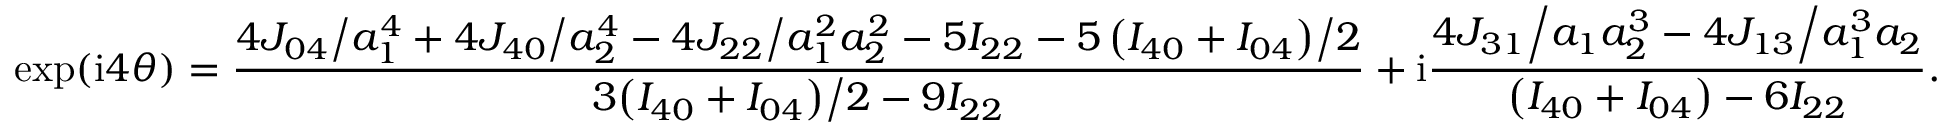
\exp ( \mathrm { i } 4 \theta ) = \frac { { { { 4 { J _ { 0 4 } } } \mathord { \left/ { \vphantom { { 4 { J _ { 0 4 } } } { a _ { 1 } ^ { 4 } } } } \right. \kern - \nulldelimiterspace } { a _ { 1 } ^ { 4 } } } + { { 4 { J _ { 4 0 } } } \mathord { \left/ { \vphantom { { 4 { J _ { 4 0 } } } { a _ { 2 } ^ { 4 } } } } \right. \kern - \nulldelimiterspace } { a _ { 2 } ^ { 4 } } } - { { 4 { J _ { 2 2 } } } \mathord { \left/ { \vphantom { { 4 { J _ { 2 2 } } } { a _ { 1 } ^ { 2 } a _ { 2 } ^ { 2 } } } } \right. \kern - \nulldelimiterspace } { a _ { 1 } ^ { 2 } a _ { 2 } ^ { 2 } } } - 5 { I _ { 2 2 } } - { { 5 \left( { { I _ { 4 0 } } + { I _ { 0 4 } } } \right) } \mathord { \left/ { \vphantom { { 5 \left( { { I _ { 4 0 } } + { I _ { 0 4 } } } \right) } 2 } } \right. \kern - \nulldelimiterspace } 2 } } } { { 3 { { \left( { { I _ { 4 0 } } + { I _ { 0 4 } } } \right) } \mathord { \left/ { \vphantom { { \left( { { I _ { 4 0 } } + { I _ { 0 4 } } } \right) } 2 } } \right. \kern - \nulldelimiterspace } 2 } - 9 { I _ { 2 2 } } } } + \mathrm { { i } } \frac { { { { 4 { J _ { 3 1 } } } \mathord { \left/ { \vphantom { { 4 { J _ { 3 1 } } } { { a _ { 1 } } a _ { 2 } ^ { 3 } } } } \right. \kern - \nulldelimiterspace } { { a _ { 1 } } a _ { 2 } ^ { 3 } } } - { { 4 { J _ { 1 3 } } } \mathord { \left/ { \vphantom { { 4 { J _ { 1 3 } } } { a _ { 1 } ^ { 3 } { a _ { 2 } } } } } \right. \kern - \nulldelimiterspace } { a _ { 1 } ^ { 3 } { a _ { 2 } } } } } } { { \left( { { I _ { 4 0 } } + { I _ { 0 4 } } } \right) - 6 { I _ { 2 2 } } } } .